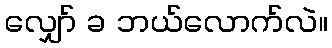
လျှော် ခ ဘယ်လောက်လဲ။